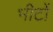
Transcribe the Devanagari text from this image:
भीटों